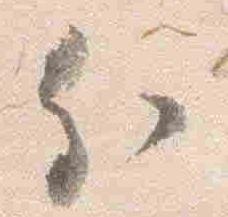
分